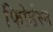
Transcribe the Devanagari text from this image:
फोिर्डस्म